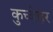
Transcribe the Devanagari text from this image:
कुच्बेहर